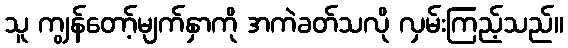
သူ ကျွန်တော့်မျက်နှာကို အကဲခတ်သလို လှမ်းကြည့်သည်။